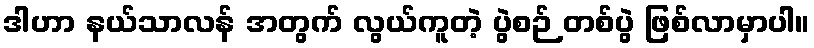
ဒါဟာ နယ်သာလန် အတွက် လွယ်ကူတဲ့ ပွဲစဉ် တစ်ပွဲ ဖြစ်လာမှာပါ။